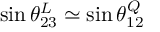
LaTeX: \sin \theta _ { 2 3 } ^ { L } \simeq \sin \theta _ { 1 2 } ^ { Q }